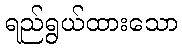
ရည်ရွယ်ထားသော